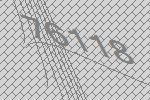
76118